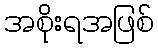
အစိုးရအဖြစ်